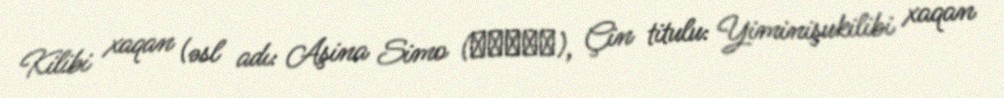
Kilibi xaqan (əsl adı: Aşina Simo (阿史那思摩), Çin titulu: Yiminişukilibi xaqan